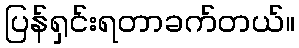
ပြန်ရှင်းရတာခက်တယ်။